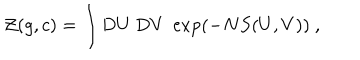
{ \cal Z } ( g , c ) = \int \mathrm { D } U \; \mathrm { D } V \; \exp \left( - N S ( U , V ) \right) \ ,